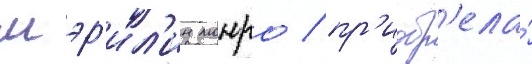
мэр'ил'ин монро / пр'иобр'ела́